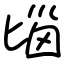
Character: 匘